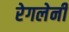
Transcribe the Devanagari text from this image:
रेगलेनी